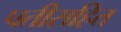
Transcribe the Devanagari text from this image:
पतीसहित